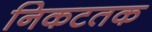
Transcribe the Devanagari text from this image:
निकटतक